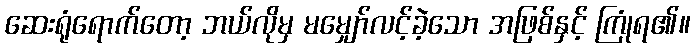
ဆေးရုံရောက်တော့ ဘယ်လိုမှ မမျှော်လင့်ခဲ့သော အဖြစ်နှင့် ကြုံရ၏။